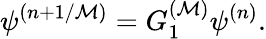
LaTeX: \psi^{(n+1/{\cal M})}=G_{1}^{({\cal M})}\psi^{(n)}.